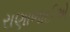
રાણાભાઈએ